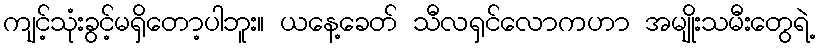
ကျင့်သုံးခွင့်မရှိတော့ပါဘူး။ ယနေ့ခေတ် သီလရှင်လောကဟာ အမျိုးသမီးတွေရဲ့